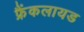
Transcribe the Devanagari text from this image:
फ्रैंकलायड